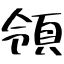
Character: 領